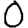
Digit: 0